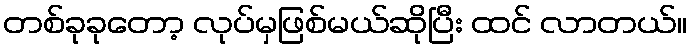
တစ်ခုခုတော့ လုပ်မှဖြစ်မယ်ဆိုပြီး ထင် လာတယ်။